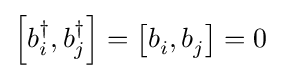
\left[b_{i}^{\dagger },b_{j}^{\dagger }\right]=\left[b_{i}^{\,},b_{j}^{\,}\right]=0